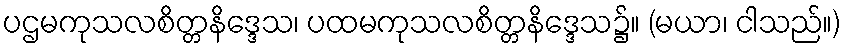
ပဌမကုသလစိတ္တနိဒ္ဒေသ၊ ပထမကုသလစိတ္တနိဒ္ဒေသ၌။ (မယာ၊ ငါသည်။)